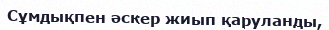
Сұмдықпен әскер жиып қаруланды,